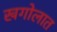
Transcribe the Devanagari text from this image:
खगोलात